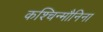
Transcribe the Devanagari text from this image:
कश्चिन्मौनिना